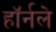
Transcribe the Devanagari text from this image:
हॉर्नले